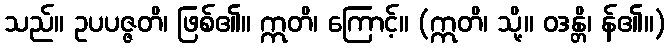
သည်။ ဥပပဇ္ဇတိ၊ ဖြစ်၏။ ဣတိ၊ ကြောင့်။ (ဣတိ၊ သို့။ ဝဒန္တိ၊ န်၏။)